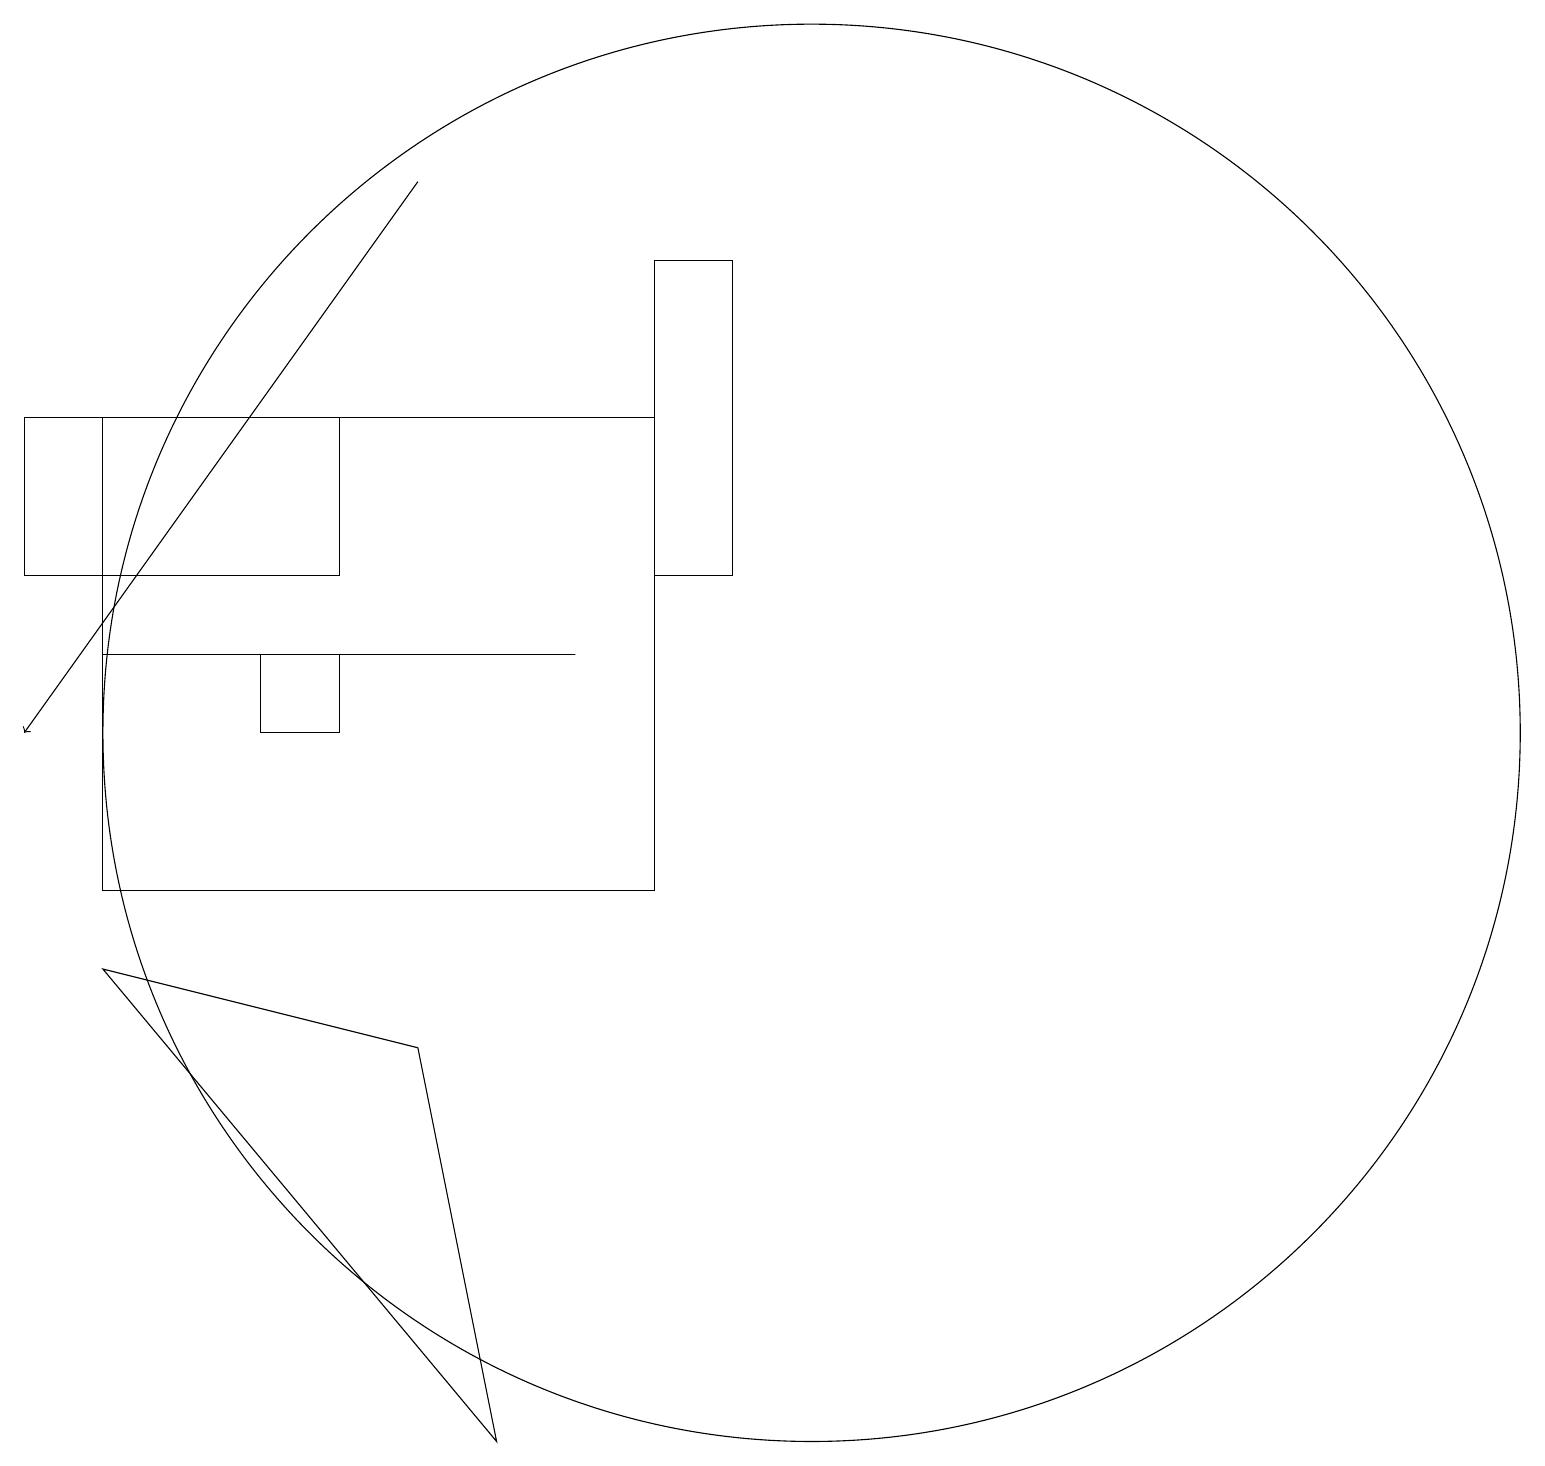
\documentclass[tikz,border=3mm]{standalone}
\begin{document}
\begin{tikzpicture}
\draw (8,18) rectangle (9,14);
\draw[->] (5,19) -- (0,12);
\draw (10,12) circle (9);
\draw (1,13) rectangle (7,13);
\draw (0,16) rectangle (4,14);
\draw (1,16) rectangle (8,10);
\draw (4,13) rectangle (3,12);
\draw (1,9) -- (6,3) -- (5,8) -- cycle;
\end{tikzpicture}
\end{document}